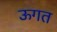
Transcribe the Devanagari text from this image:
ऊगत